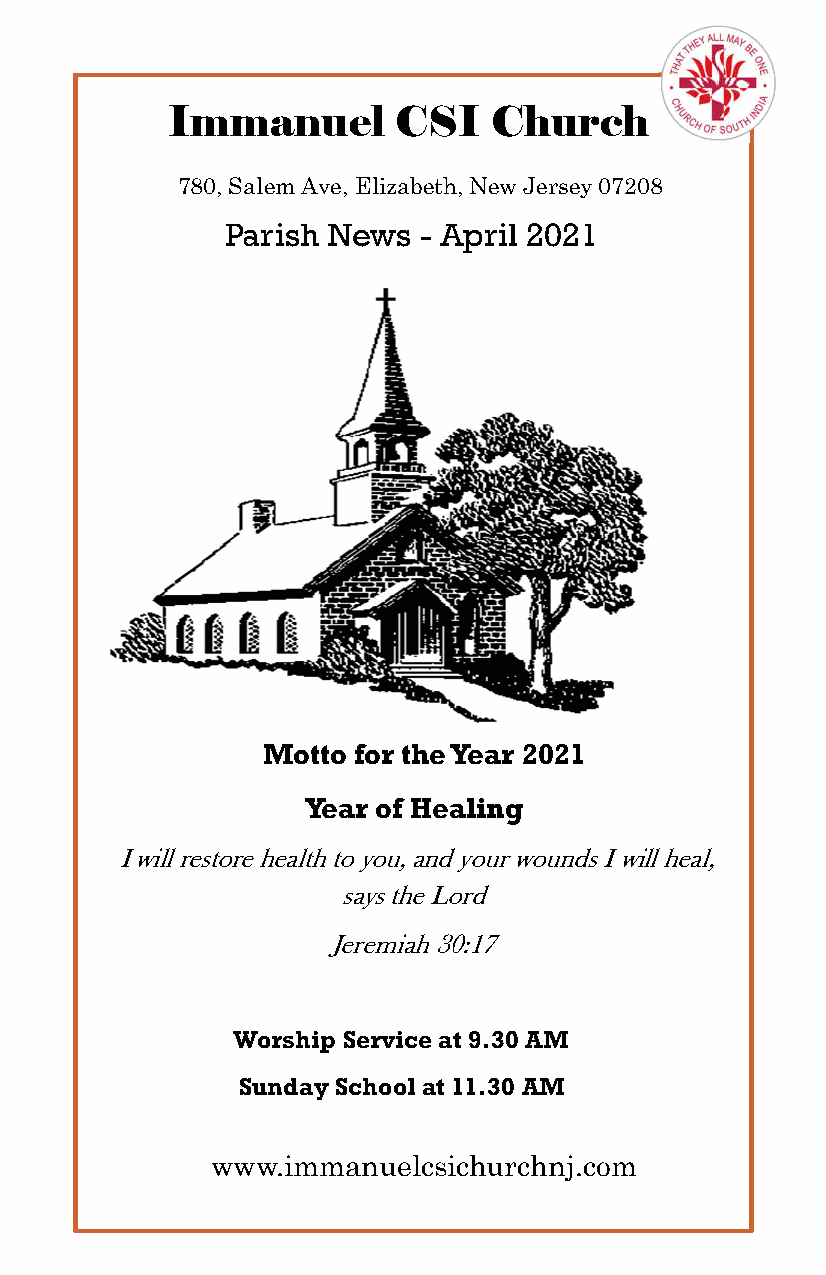
Immanuel       CSI   Church
 780, Salem Ave, Elizabeth, New Jersey 07208
 Parish Ne ws - April 2021
 Motto for the Year 2021
 Year of Healing
 I will restore health to you, and your wounds I will heal,
 says the Lord
 Jeremiah 30:17
 Worship Service at 9.30 AM
 Sunday School at 11.30 AM
 www.immanuelcsichurchnj.com